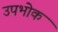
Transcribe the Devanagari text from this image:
उपभोक